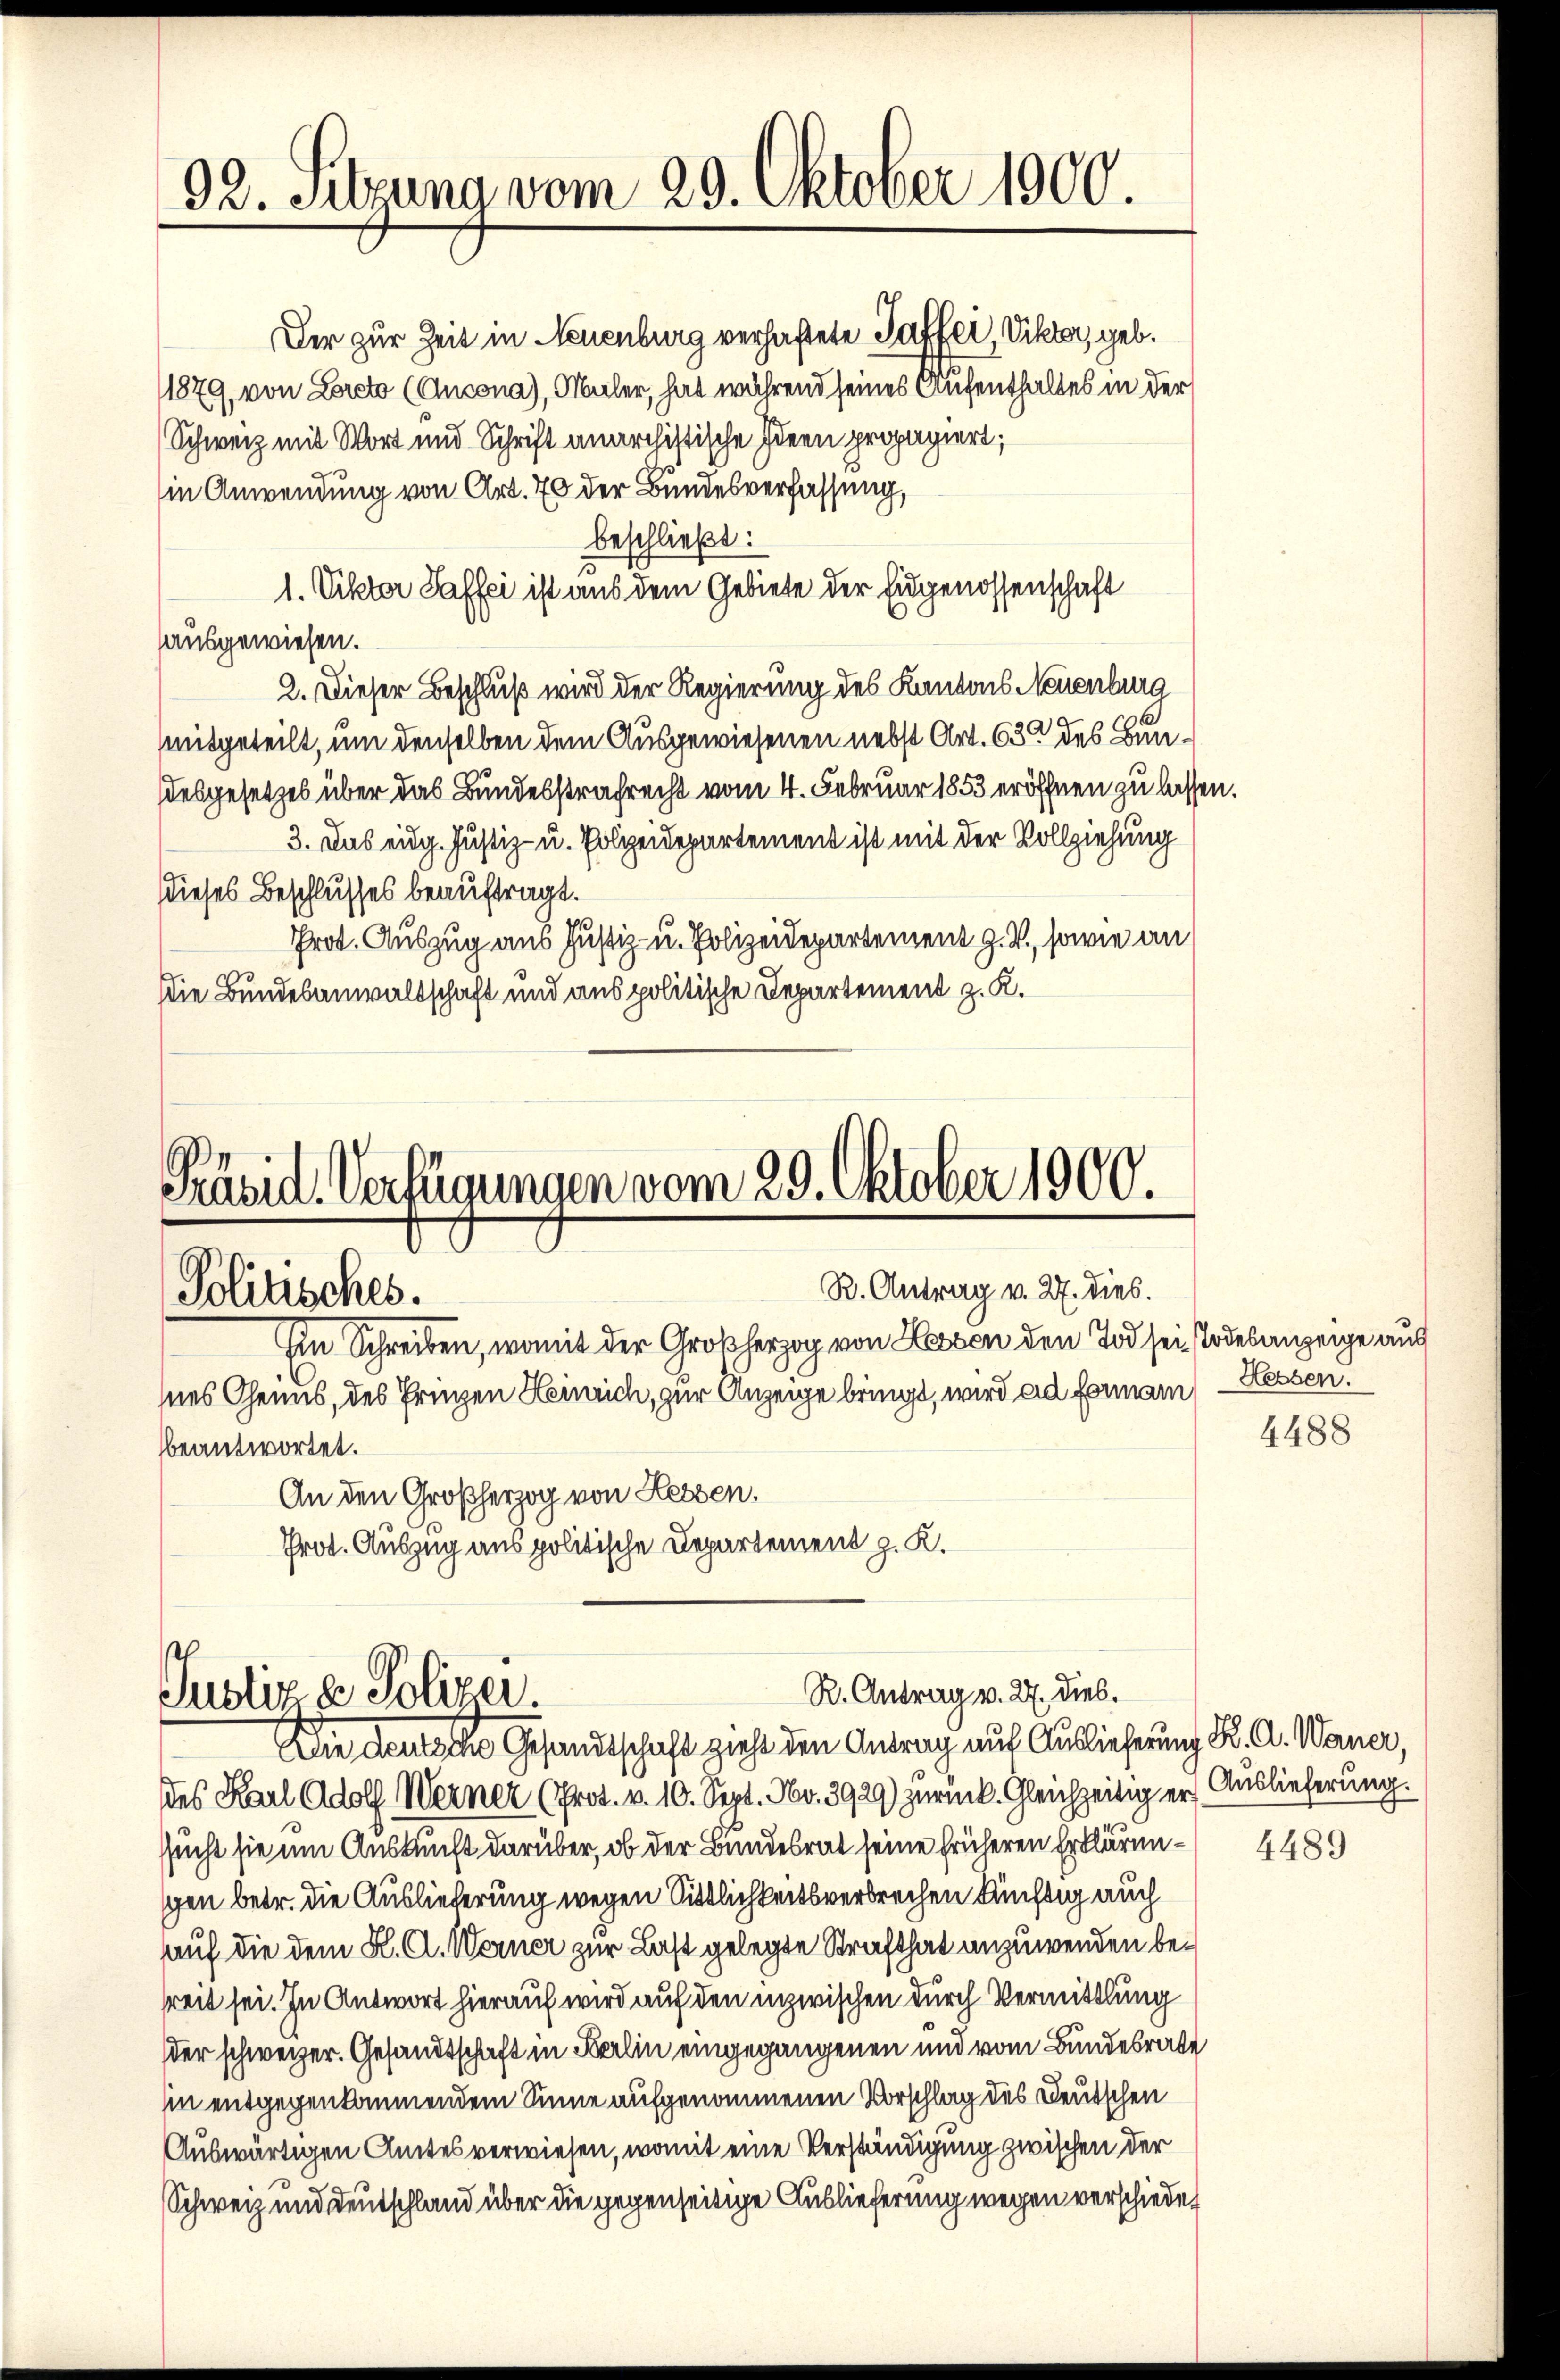
92. Setzung vom 29. Oktober 1900.

Der zur Zeit in Neuenburg verhaftete Taffer, Viktor, geb.
1879, von Loreto (Ancona), Maler, hat während seines Aufenthaltes in der
Schweiz mit Wort und Schrift unarchistische Ideen propapiert;
in Anwendung von Art. 70 der Bundesverfassung,
beschließt:
3
1. Viktor Saffei ist aus dem Gebiete der Eidgenossenschaft
hausgewiesen.
2. Dieser Beschluß wird der Regierung des Kantons Neuenburg
mitgeteilt, um denselben dem Ausgewiesenen nebst Art. 630 des Bundesgesetzes über das Bundesstrafrecht vom 4. Februar 1853 eröffnen zu lassen
3. Das eidg. Justiz- u. Polizeidepartement ist mit der Vollziehung
dieses Beschlusses beauftragt.
Prot. Auszug aus Justiz- u. Polizeidepartement z. B., sowie an
Die Bundesanwaltschaft und aus politische Departement z. K.

Präsid. Verfügungen vom 29. Oktober 1900.
R. Antrag v. 27. dies.
Politisches.
Im Schreiben, womit der Großherzog von Lessen den Tod sei Todesanzeige aus
mnes Gemis, des Prinzen Heinrich, zur Anzeige bringt, wird ad formann
beantwortet.
An den Großherzog von Hessen,
Prot. Auszug aus politische Departement z. K.
R. Antrag v. 27. dies.
Justiz & Polizei

Die deutsche Gesandtschaft zieht den Antrag auf Auslieferung K. A. Waner,
des Karl Adolf Werner (Prot. v. 10. Sept. Nr. 3929) zurück. Gleichzeitig ersucht sie um Auskunft darüber, ob der Bundesrat seine früheren Erklärungen betr. die Auslieferung wegen Sittlichkeitsverbrechen Richtig auch
auf die dem K. A. Werner zur Last gelegte Strafthat anzuwenden beseit sei. In Antwort hierauf wird auf den inzwischen durch Vermittlung
der schweizer. Gesandtschaft in Berlin eingegangenen und vom Bundesrate
in entgegenkommendem Sinne aufgenommenen Vorschlag des Deutschen
Auswärtigen Amtes verwiesen, womit eine Verständigung zwischen der
Schweiz und Deutschland über die gegenseitige Auslieferung wegen verschiede¬

Hessen.
4488

Auslieferung.

4489